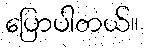
ပြောပါတယ်။